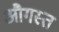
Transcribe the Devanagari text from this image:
औगस्त